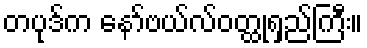
တပုဒ်က နော်ဗယ်လ်ဝတ္ထုရှည်ကြီး။